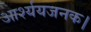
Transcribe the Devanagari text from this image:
आर्श्ययजनक।